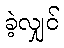
ခဲ့လျှင်